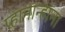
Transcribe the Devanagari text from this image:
प्हानान्हाना